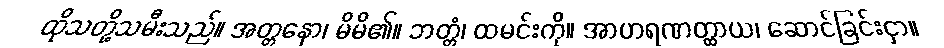
ထိုသတို့သမီးသည်။ အတ္တနော၊ မိမိ၏။ ဘတ္တံ၊ ထမင်းကို။ အာဟရဏတ္ထာယ၊ ဆောင်ခြင်းငှာ။